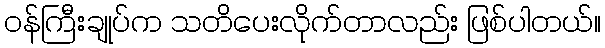
ဝန်ကြီးချုပ်က သတိပေးလိုက်တာလည်း ဖြစ်ပါတယ်။